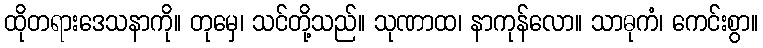
ထိုတရားဒေသနာကို။ တုမှေ၊ သင်တို့သည်။ သုဏာထ၊ နာကုန်လော။ သာဓုကံ၊ ကေင်းစွာ။